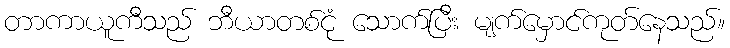
တာကာယူကီသည် ဘီယာတစ်ငုံ သောက်ပြီး မျက်မှောင်ကုတ်နေသည်။